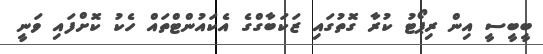
ބީބީސީ އިން ރިޕޯޓު ކުރާ ގޮތުގައި ޒަކަބާގްގެ އެކައުންޓްތައް ހެކު ކޮށްފައި ވަނީ